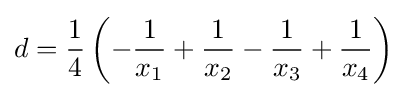
d={\frac {1}{4}}\left(-{\frac {1}{x_{1}}}+{\frac {1}{x_{2}}}-{\frac {1}{x_{3}}}+{\frac {1}{x_{4}}}\right)\